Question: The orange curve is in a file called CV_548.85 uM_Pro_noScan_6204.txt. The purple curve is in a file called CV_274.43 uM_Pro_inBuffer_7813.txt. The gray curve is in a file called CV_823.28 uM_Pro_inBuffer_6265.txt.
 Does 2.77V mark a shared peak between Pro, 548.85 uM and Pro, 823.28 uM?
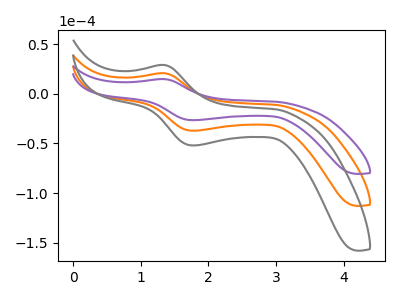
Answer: <think>The orange curve "Pro, 548.85 uM" has an anodic peak at (1.35V, 20.75uA) and a cathodic peak at (1.75V, -37.20uA). The purple curve "Pro, 274.43 uM" has an anodic peak at (1.35V, 14.85uA) and a cathodic peak at (1.75V, -26.60uA). The gray curve "Pro, 823.28 uM" has an anodic peak at (1.35V, 41.50uA) and a cathodic peak at (1.75V, -74.40uA).</think>
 <answer>No, "Pro, 548.85 uM" and "Pro, 823.28 uM" dont share a peak at 2.77V.</answer>
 <eval>mismatch</eval>